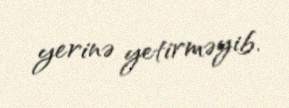
yerinə yetirməyib.